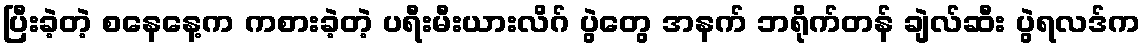
ပြီးခဲ့တဲ့ စနေနေ့က ကစားခဲ့တဲ့ ပရီးမီးယားလိဂ် ပွဲတွေ အနက် ဘရိုက်တန် ချဲလ်ဆီး ပွဲရလဒ်က